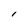
Character: I